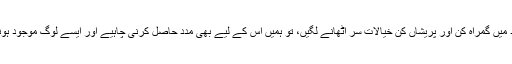
ہمیں سکھانا چاہیے کہ اگر ہمارے وجود میں گمراہ کن اور پریشاں کن خیالات سر اٹھانے لگیں، تو ہمیں اس کے لیے بھی مدد حاصل کرنی چاہیے اور ایسے لوگ موجود ہونے چاہییں جو اس تکلیف میں سہارا دے۔